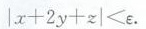
$$| x + 2 y + z | ≤ ε$$。